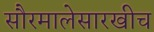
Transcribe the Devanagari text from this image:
सौरमालेसारखीच